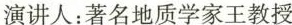
演讲人：著名地质学家王教授